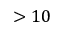
> 1 0